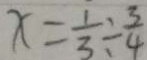
x = \frac { 1 } { 3 } \div \frac { 3 } { 4 }